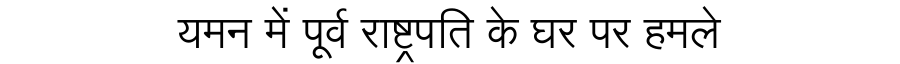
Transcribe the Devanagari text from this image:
यमन में पूर्व राष्ट्रपति के घर पर हमले